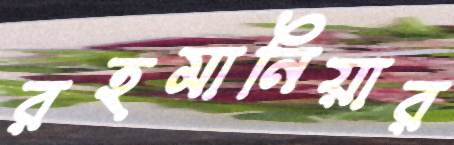
রহমানিয়ার